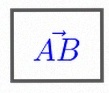
\vec{AB}